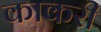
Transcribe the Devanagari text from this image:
काकरी